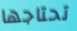
تحتاجها